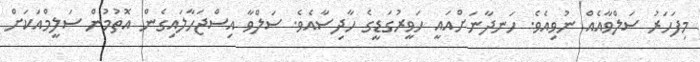
މިފަހަރު ސަލްވާއެއް ނުވިއެވެ. ހަނދާނަށްއައީ ހަވީރުގަޑީގެ ހާދިސާއެވެ. ސަލްވާ އިސްޖަހާލައިގެން އޮތުމުން ސަލީމްއަކަށް